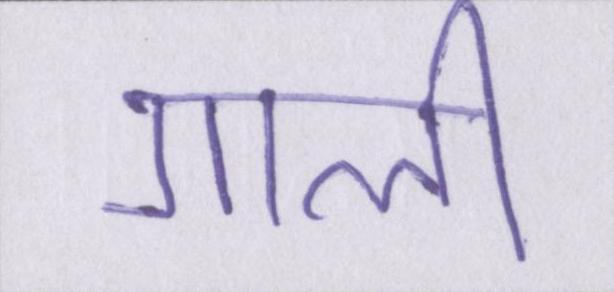
गाली